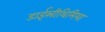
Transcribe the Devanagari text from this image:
डाईस्रीथिमिया